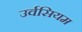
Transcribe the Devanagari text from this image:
उर्वसियम